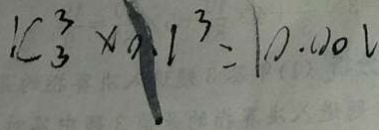
1 C ^ { 3 } _ { 3 } \times 0 . 1 ^ { 3 } = 1 0 . 0 0 2